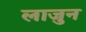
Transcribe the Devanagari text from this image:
लाजुन